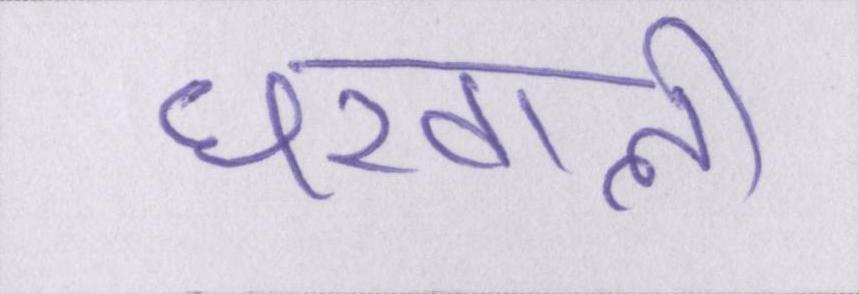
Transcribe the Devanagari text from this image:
घरवाली